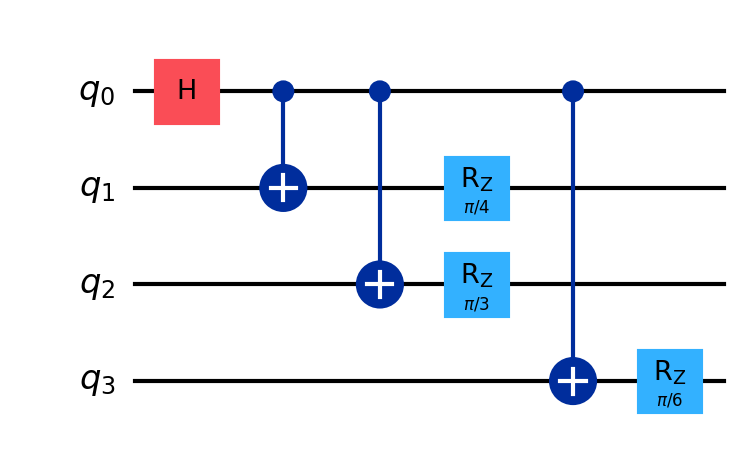
Description: GHZ-based quantum secret sharing
描述: 基于GHZ的量子秘密共享
Category: blockchain (difficulty: advanced)
Qubits: 4, circuit depth: 5
Blockchain relevance: direct

Braket implementation:
import math
from braket.circuits import Circuit
circuit = Circuit()
circuit.h(0)
circuit.cnot(0, 1)
circuit.cnot(0, 2)
circuit.rz(2, math.pi / 3)
circuit.rz(1, math.pi / 4)
circuit.cnot(0, 3)
circuit.rz(3, math.pi / 6)